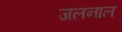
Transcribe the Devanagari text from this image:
जलनाल